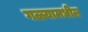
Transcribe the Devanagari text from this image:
गळ्यामधील